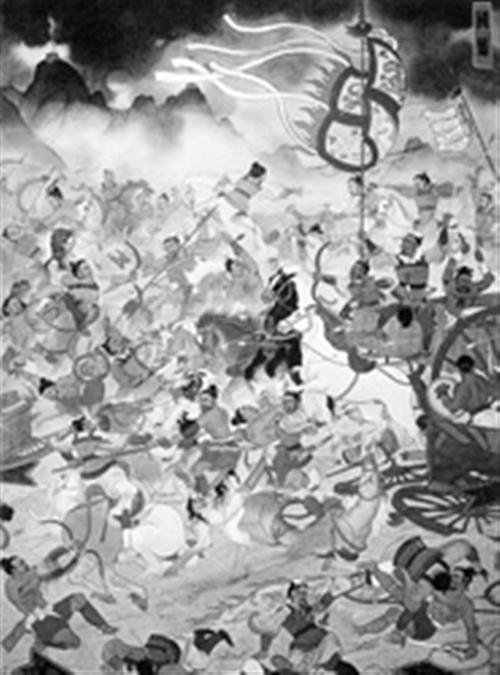
霾两轮兮絷四马，援玉枹兮击鸣鼓。